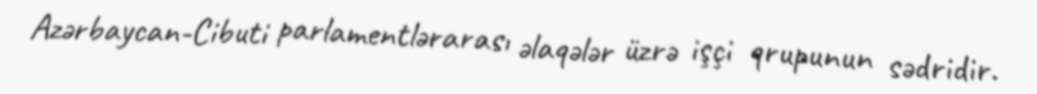
Azərbaycan-Cibuti parlamentlərarası əlaqələr üzrə işçi qrupunun sədridir.